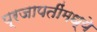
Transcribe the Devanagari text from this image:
प्रजापतींमध्ये